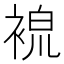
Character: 𧚷